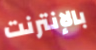
بالإنترنت